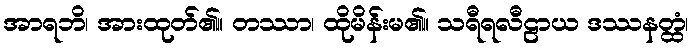
အာရဘိ၊ အားထုတ်၏။ တဿာ၊ ထိုမိန်းမ၏။ သရီရလီဠာယ ဒဿနတ္ထံ၊